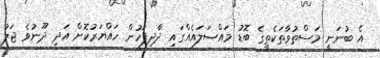
އެ ބުނަނީ މަސްތުވާތަކެތީގެ ބޮޑު މައްސަލައެއްގައި ދާދިފަހުން ހައްޔަރުކޮށް އަދި ދޫނުވެ ޖަލު